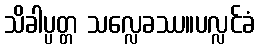
သိခါပ္ပတ္တ သလ္လေခဿ။ပလ္လင်ခံ